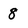
Character: 8